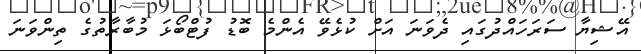
އޭޝިޔާ ސަރަހައްދުގައި ދެވަނަ އަށް ކުޅެވޭ އެންމެ ބޮޑު ފުޓްބޯޅަ މުބާރާތުގެ ތިންވަނަ